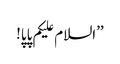
’’السلام علیکم پاپا!